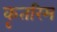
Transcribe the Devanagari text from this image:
कृतरिम